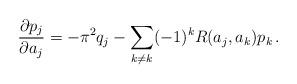
LaTeX: \begin{align*}{\partial p_j\over \partial a_j} = -\pi^2 q_j - \sum_{k\neq k} (-1)^kR(a_j,a_k) p_k\, .\end{align*}